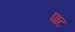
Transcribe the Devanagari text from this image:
घाट